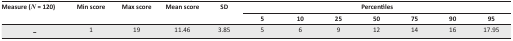
| <ROWSPAN=3> Measure (N = 120) | <ROWSPAN=3> Min score | <ROWSPAN=3> Max score | <ROWSPAN=3> Mean score | <ROWSPAN=3> SD | <COLSPAN=7> Percentiles |
 | 5 | 10 | 25 | 50 | 75 | 90 | 95 |
 | --- | --- | --- | --- | --- | --- | --- | --- | --- | --- | --- | --- |
 | - | 1 | 19 | 11.46 | 3.85 | 5 | 6 | 9 | 12 | 14 | 16 | 17.95 |